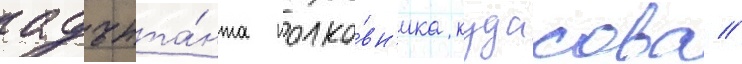
адъюта́нта полко́вн'ика кудасова //